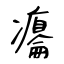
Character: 癟